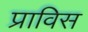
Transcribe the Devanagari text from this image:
प्राविस